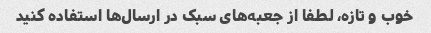
خوب و تازه، لطفا از جعبه‌های سبک در ارسال‌ها استفاده کنید